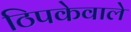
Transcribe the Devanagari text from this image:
ठिपकेवाले